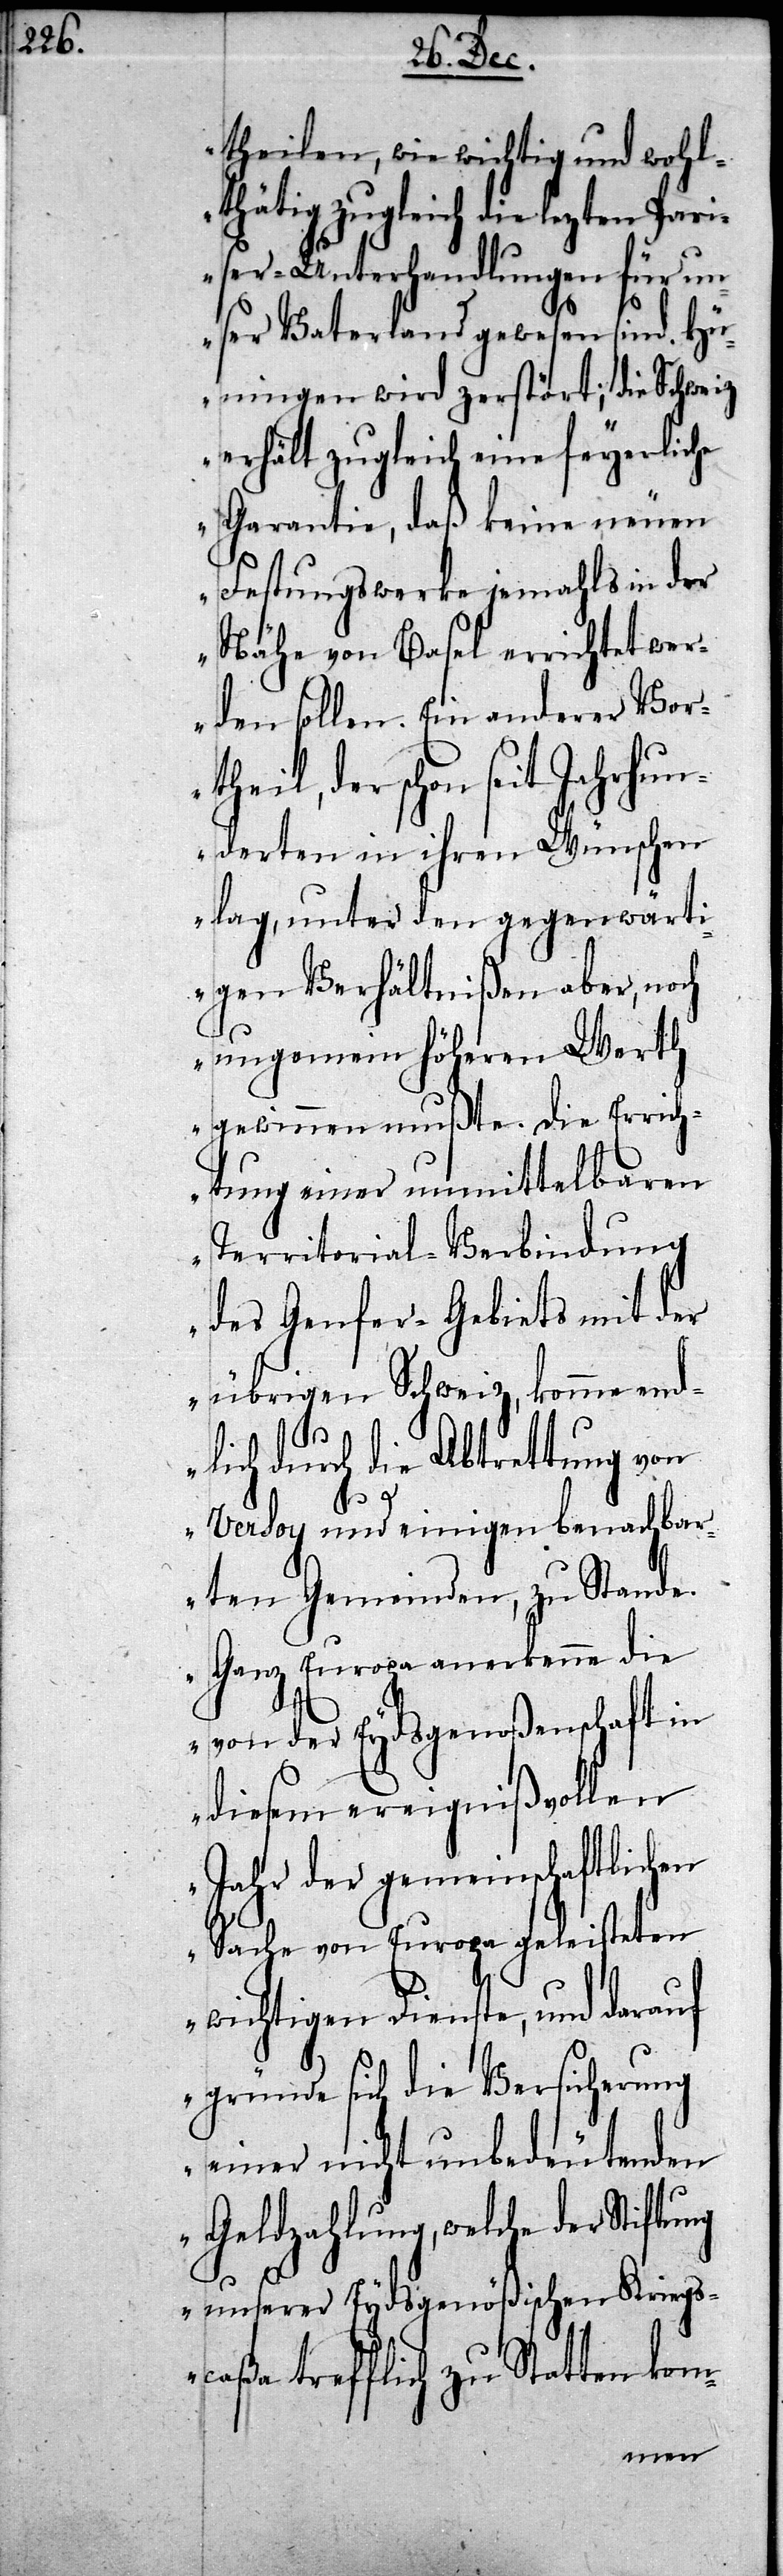
theilen, wie wichtig und wohl¬
thätig zugleich die lezten Pari¬
ser-Unterhandlungen für un¬
ser Vaterland gewesen sind. Hü¬
ningen wird zerstört; die Schweiz
erhält zugleich eine feyerliche
Garantie, daß keine neuen
Festungswerke jemahls in der
Nähe von Basel errichtet wer¬
den sollen. Ein anderer Vor¬
theil, der schon seit Jahrhun¬
derten in ihren Wünschen
lag, unter den gegenwärti¬
gen Verhältnißen aber, noch
ungemein höheren Werth
gewinnen mußte, die Errich¬
tung einer unmittelbaren
Territorial-Verbindung
des Genfer-Gebiets mit der
übrigen Schweiz, komme end¬
lich durch die Abtrettung von
Versoy und einigen benachba¬
rten Gemeinden, zu Stande.
Ganz Europa anerkenne die
von der Eydsgenoßenschaft in
diesem ereignißvollen
Jahr der gemeinschaftlichen
Sache von Europa geleisteten
wichtigen Dienste, und darauf
gründe sich die Versicherung
einer nicht unbedeutenden
Geldzahlung, welche der Stiftung
unserer Eydsgenößischen Kriegs¬
caßa trefflich zu Statten kom-